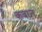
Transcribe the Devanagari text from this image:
कवात